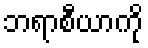
ဘရာစီယာကို